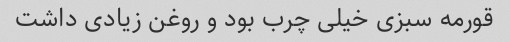
قورمه سبزی خیلی چرب بود و روغن زیادی داشت